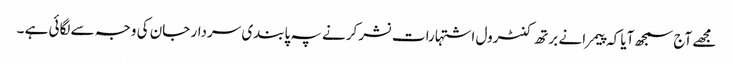
مجھے آج سمجھ آیا کہ پیمرا نے برتھ کنٹرول اشتہارات نشر کرنے پہ پابندی سردار جان کی وجہ سے لگائی ہے ۔